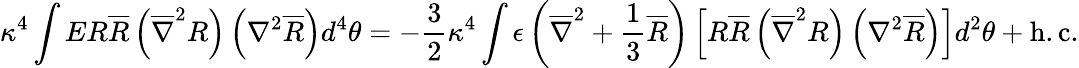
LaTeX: \kappa^{4}\int ER\overline{{{R}}}\left(\overline{{{\nabla}}}^{2}R\right)\left(\nabla^{2}\overline{{{R}}}\right)d^{4}\theta=-\frac{3}{2}\kappa^{4}\int\epsilon\left(\overline{{{\nabla}}}^{2}+\frac{1}{3}\overline{{{R}}}\right)\left[R\overline{{{R}}}\left(\overline{{{\nabla}}}^{2}R\right)\left(\nabla^{2}\overline{{{R}}}\right)\right]d^{2}\theta+\mathrm{h.c.}